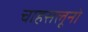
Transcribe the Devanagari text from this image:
चाहसलूनो